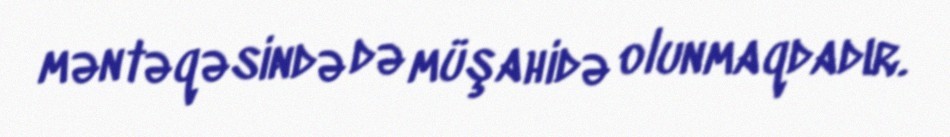
məntəqəsində də müşahidə olunmaqdadır.